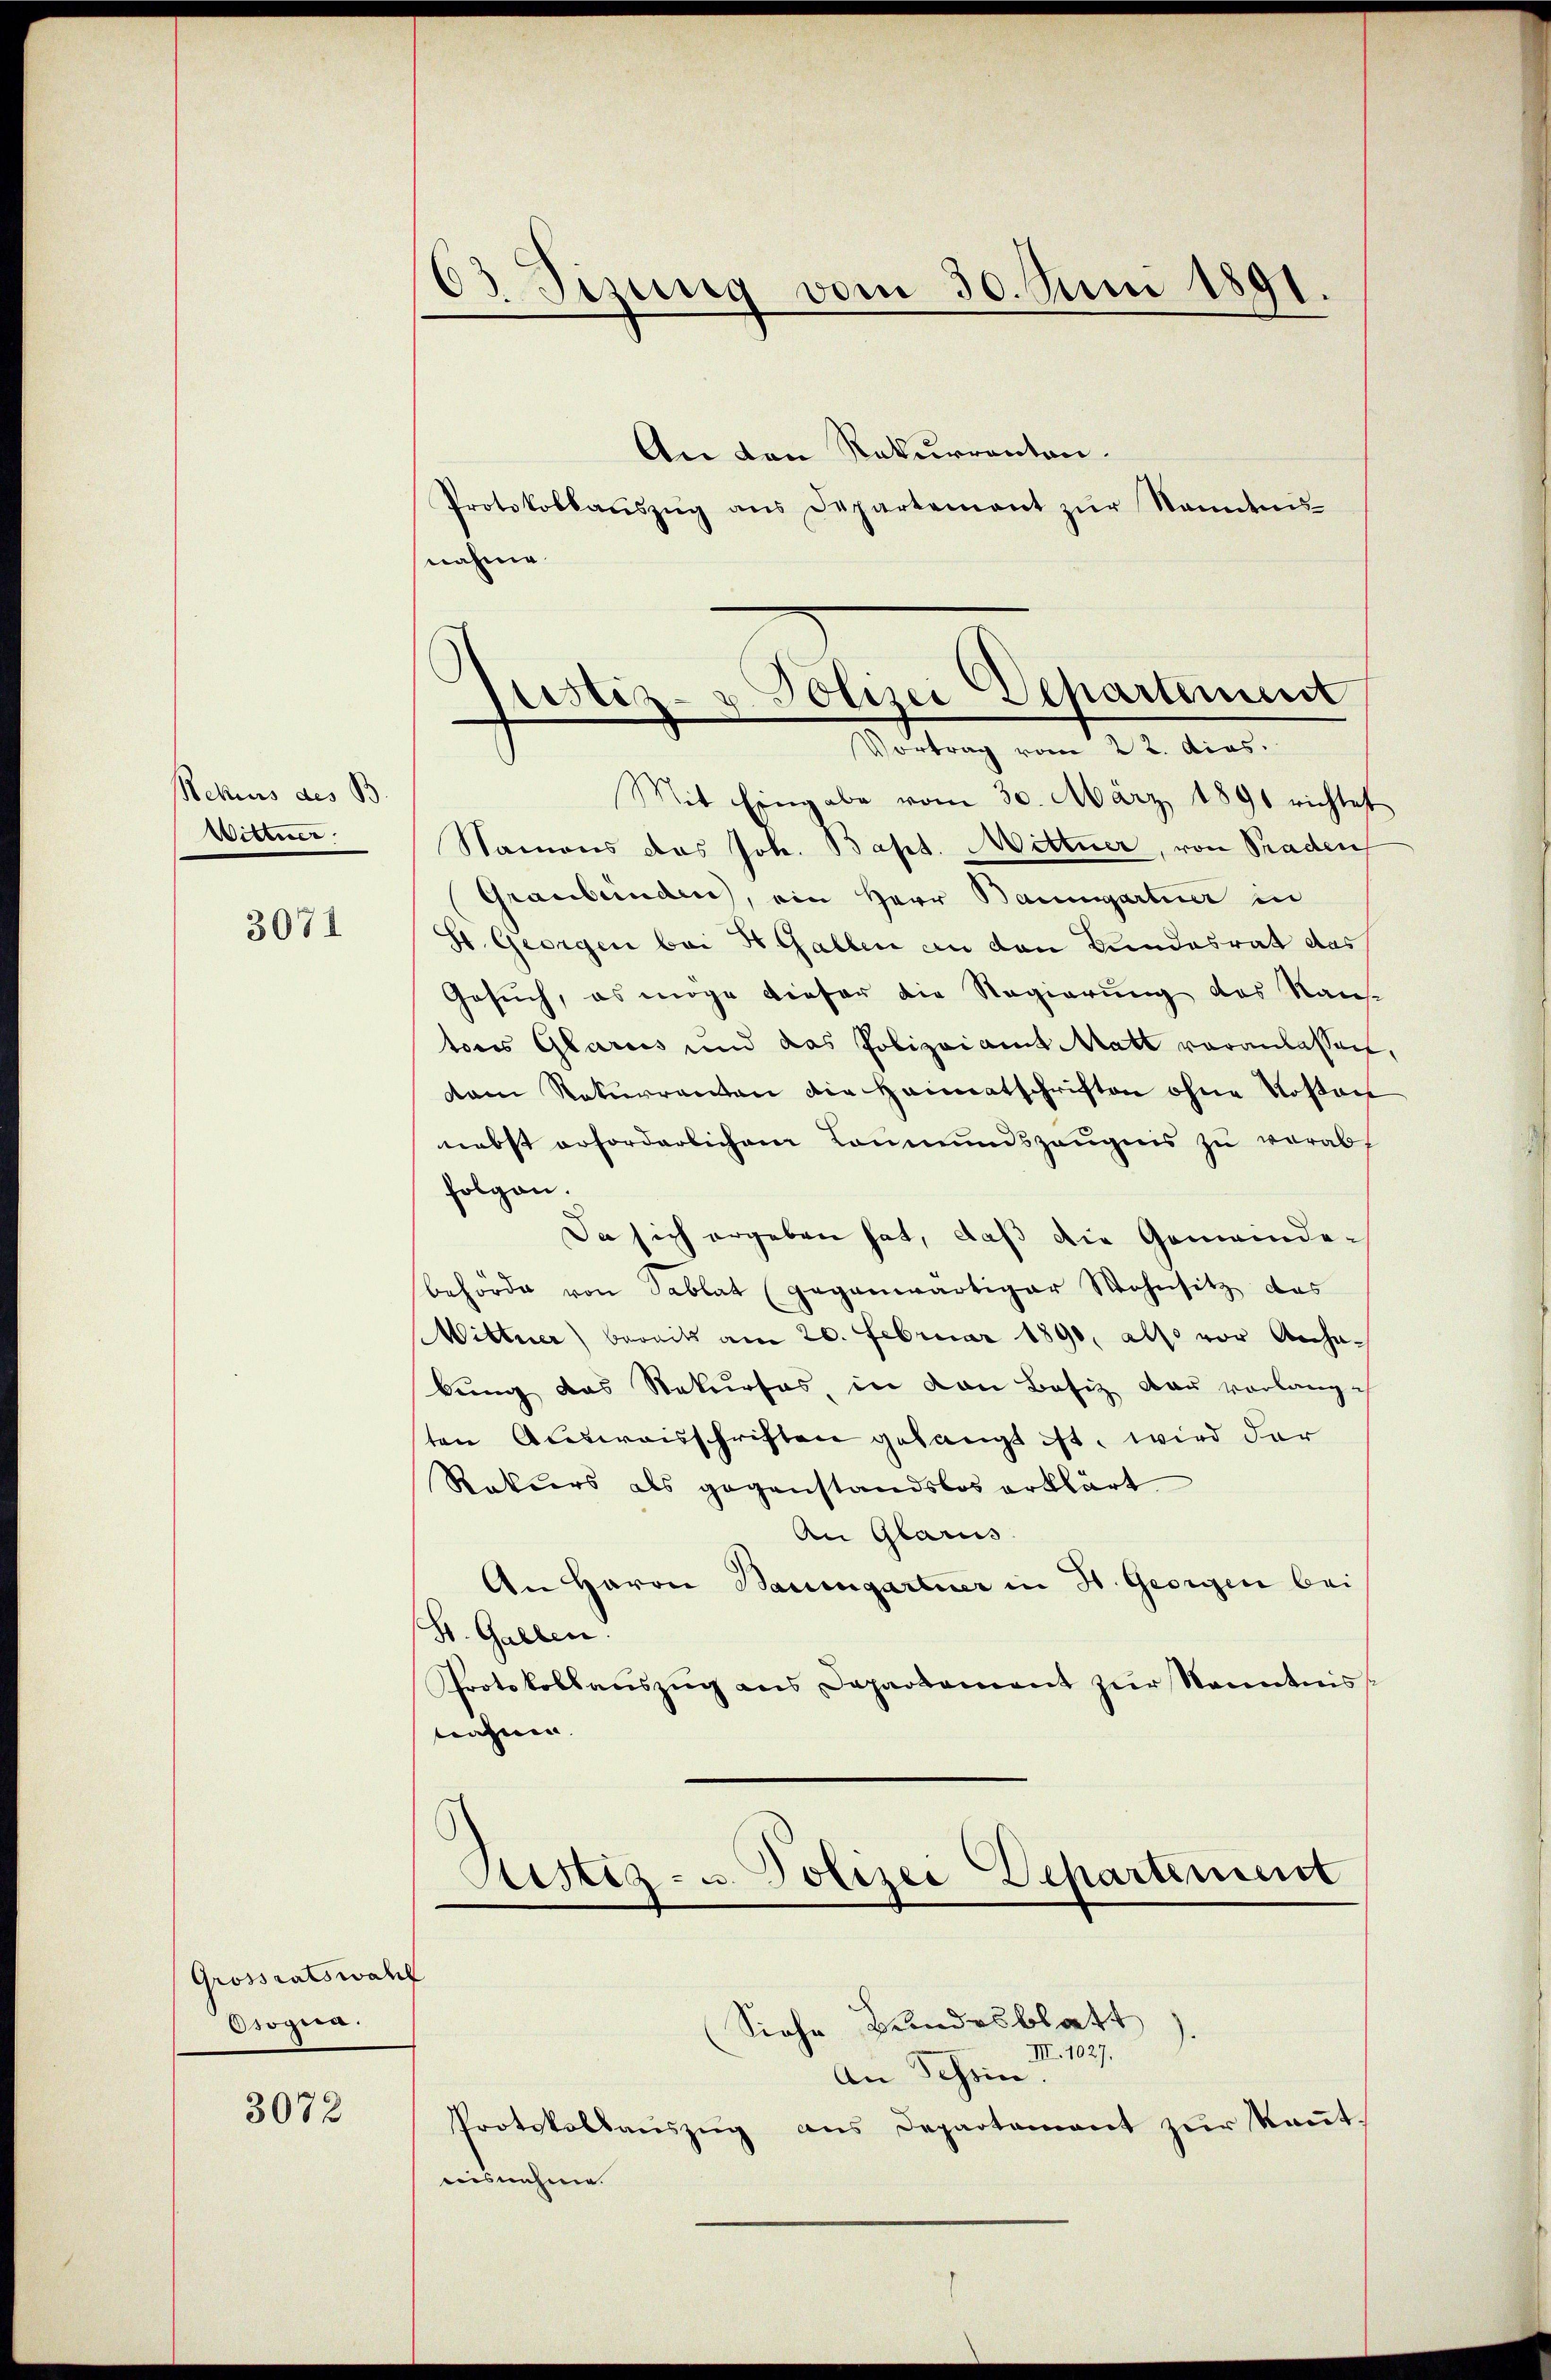
Rekurs des B.
Wittwer

3071

Grossratswal
Osogia.

3072

Mit Eingabe vom 30. März 1890 richtet
Namens das Joh. Bapt. Mittner, von Praden
Graubünden, ein Herr Baumgartner in
H. Georgen bei H. Gallen an den Bundesrat das
Gesuch, es möge dieser die Regierung des Naus-
tores Glarus und das Polizeiamt Matt veranlassen,
dam Rekurrenten die Heimatschriften ohne Rosant
nebst erforderlichen Lonmundszeugnis zu verabf
folgen.
Da sich ergeben hat, daß die Gemeindebehörde von Sablat (gegenwärtiger Wohnsitz das
Miltner) bereits am 20. Februar 1890, also vor Anhabung das Rekurses, in von Basiz dar vorlangeh
ten Ausweisschriften gelangt ist, wird der
Rekurs als gegenstandslos erklärt
An Glarus
An Heron Baumgartner in H. Georgen bei
St. Gallen.
Protokollaŭszŭg ans Daparkament zŭr Kenntnis
nahme. |

An den Rekurrenten.
Protokollaŭszŭg ans Departement zŭr Nanntnis-
nahme

33. Sizung vom 30. Juni 1891.

sustiz- u. Polizei Apartement
Vortrag vom 22. dies

Justiz- u. Polizei Departement

Siehe Bundesblatt).
III. 1027.
An Schein.
Protokollaŭszŭg ans Departement zŭr Keṅt-
nisnehme.